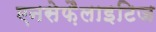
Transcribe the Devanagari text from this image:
एनसेफ़ैलाइटिज